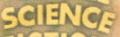
SCIENCE